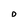
Character: D